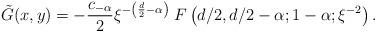
LaTeX: \begin{align*} \tilde G(x,y) = - \frac{c_{-\alpha}}2 \xi^{-\left(\frac{d}2-\alpha\right)}\; F\left( d/2,d/2-\alpha;1-\alpha;\xi^{-2} \right).\end{align*}